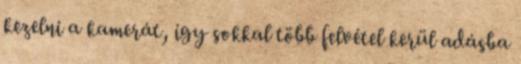
kezelni a kamerát, így sokkal több felvétel kerül adásba